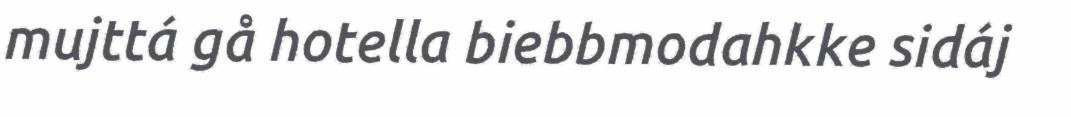
mujttá gå hotella biebbmodahkke sidáj